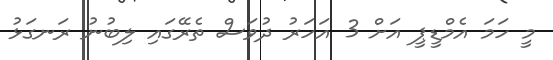
މީ ހަމަ އެމްޑީޕީ އަށް 3 އަހަރު ދުވަސް ތެރޭގައި ލިބުނު ރަނގަޅު